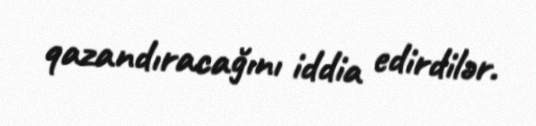
qazandıracağını iddia edirdilər.